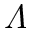
\varLambda